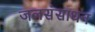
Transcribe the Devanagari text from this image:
जलसंसाधन